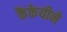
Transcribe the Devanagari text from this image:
कैकेयीने